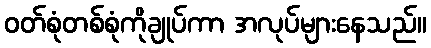
ဝတ်စုံတစ်စုံကိုချုပ်ကာ အလုပ်များနေသည်။